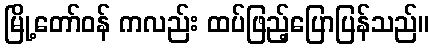
မြို့တော်ဝန် ကလည်း ထပ်ဖြည့်ပြောပြန်သည်။